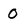
Character: 0